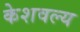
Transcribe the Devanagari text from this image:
केशवल्य